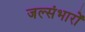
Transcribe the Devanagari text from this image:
जल्संभारों